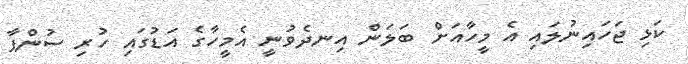
ކަޅި ޖަހައިނުލައި އެ މީހާއަށް ބަލަން އިނދެވުނީ އެމީހާގެ އަޑުގައި ހުރި ސުންޕާ